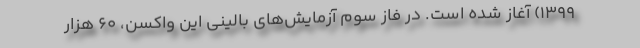
1399) آغاز شده است. در فاز سوم آزمایش‌های بالینی این واکسن، 60 هزار